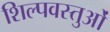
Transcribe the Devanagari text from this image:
शिल्पवस्तुओं